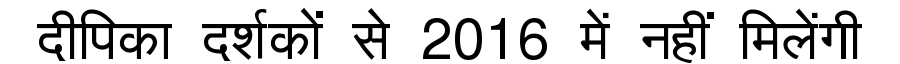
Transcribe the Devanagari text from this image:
दीपिका दर्शकों से 2016 में नहीं मिलेंगी